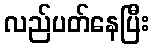
လည်ပတ်နေပြီး